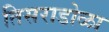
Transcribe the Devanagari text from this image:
तिसराडोळा